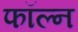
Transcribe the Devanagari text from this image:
फॉल्न